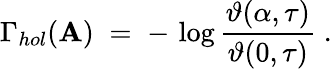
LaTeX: \Gamma_{hol}(\mathbf{A})\; =\; -\, \log\frac{{\vartheta(\alpha,\tau)}}{{\vartheta(0,\tau)}}\; .